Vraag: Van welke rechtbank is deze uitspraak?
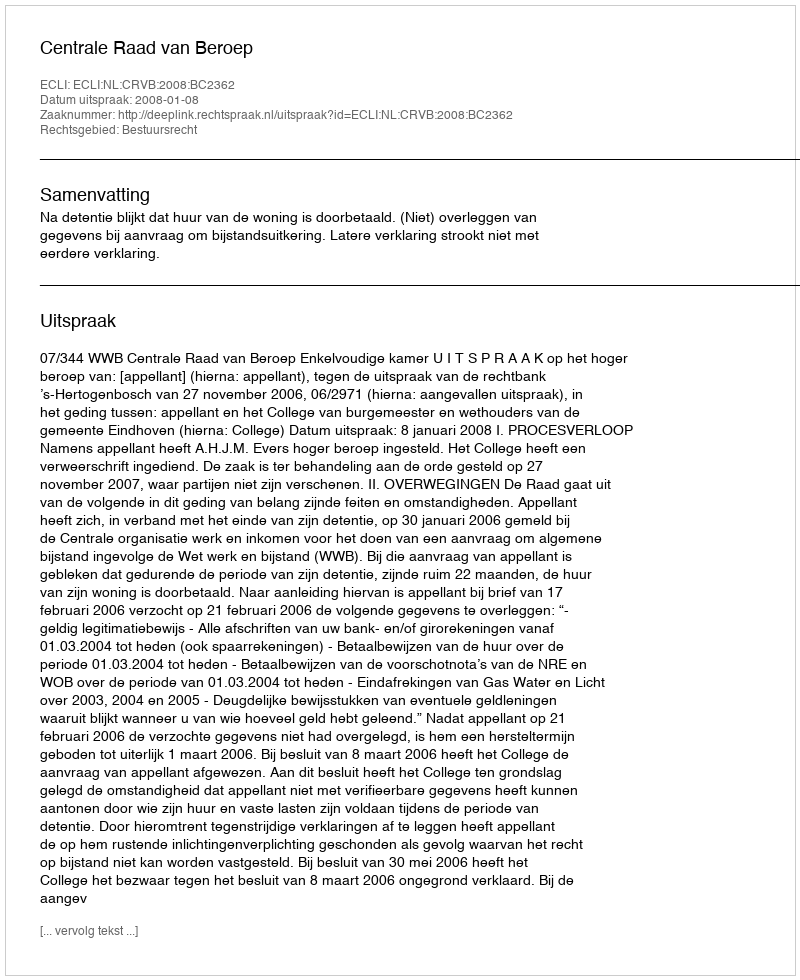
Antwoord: Centrale Raad van Beroep